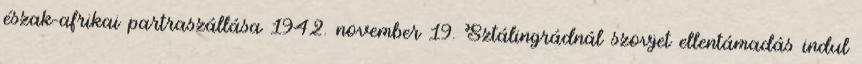
észak-afrikai partraszállása 1942. november 19. Sztálingrádnál szovjet ellentámadás indul